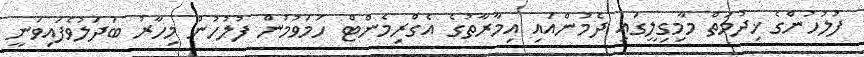
ފުލުހުންގެ ޚިދުމަތް މާމިގިލީގައި ދެމުންއައި އިމާރާތުގެ އެގްރިމެންޓް ހަމަވުމުން ފުލުހުން މިހާރު ބަދަލުވެފައިވަނީ